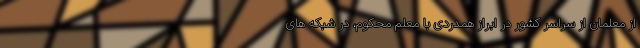
از معلمان از سراسر کشور در ابراز همدردی با معلم محکوم، در شبکه های